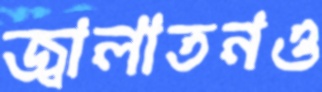
জ্বালাতনও